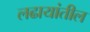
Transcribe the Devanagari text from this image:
लढायांतील